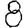
Digit: 8